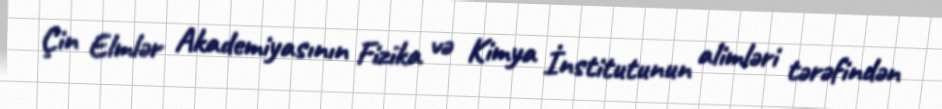
Çin Elmlər Akademiyasının Fizika və Kimya İnstitutunun alimləri tərəfindən